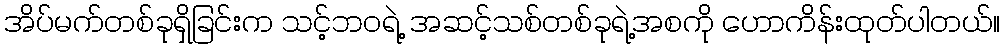
အိပ်မက်တစ်ခုရှိခြင်းက သင့်ဘဝရဲ့ အဆင့်သစ်တစ်ခုရဲ့အစကို ဟောကိန်းထုတ်ပါတယ်။